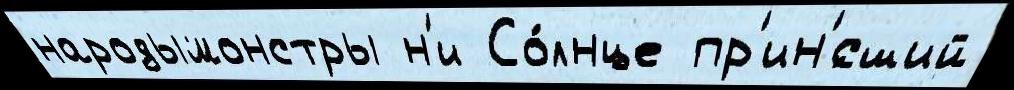
народымонстры н'и Со́лнце пр'ин'́сший